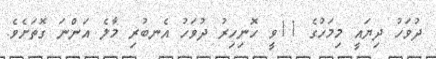
ދުވަހު ދިޔައީ މިމަހުގެ 11ވީ ހޮނިހިރު ދުވަހު އެނބުރި މާލެ އަންނަ ގޮތަށެވެ.